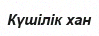
Күшілік хан